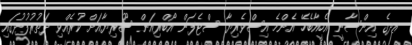
އދގެ އިންސާނީ އެހީއާބެހޭ އެންމެ އިސްވެރިޔާ ސްޓެފަން އޯބްރިއަން ސޫރިޔާއަށް ކުރެއްވި ދަތުރުފުޅުގައި